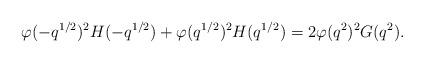
LaTeX: \begin{align*} \varphi(-q^{1/2})^2H(-q^{1/2})+\varphi(q^{1/2})^2H(q^{1/2}) = 2\varphi(q^2)^2G(q^2).\end{align*}